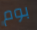
بوم